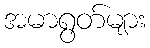
အမာရွတ်များ